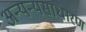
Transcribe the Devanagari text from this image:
अन्यन्यसाधारण